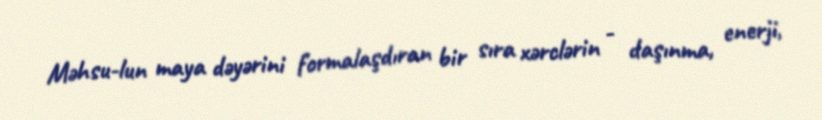
Məhsu­lun maya dəyərini formalaşdıran bir sıra xərclərin - daşınma, enerji,